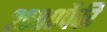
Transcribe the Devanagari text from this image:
२९००पैकी